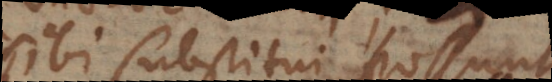
sibi substitui possunt.